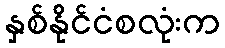
နှစ်နိုင်ငံစလုံးက